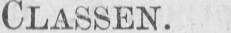
CLASSEN.